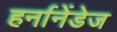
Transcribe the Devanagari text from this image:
हर्नानेंडेज